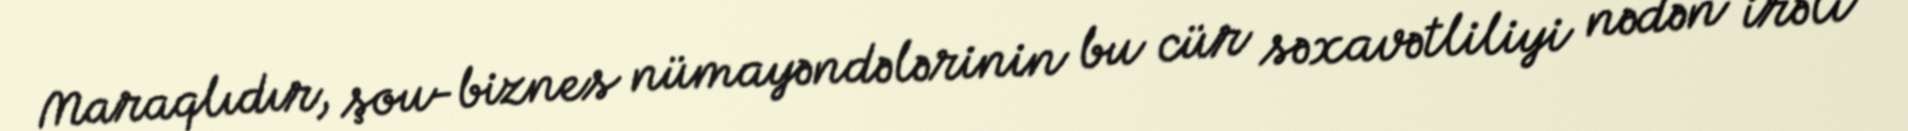
Maraqlıdır, şou-biznes nümayəndələrinin bu cür səxavətliliyi nədən irəli